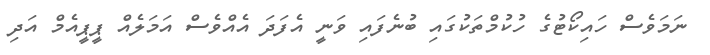
ނަމަވެސް ހައިކޯޓުގެ ހުކުމްތަކުގައި ބުނެފައި ވަނީ އެފަދަ އެއްވެސް އަމަލެއް ޕީޕީއެމް އަދި